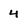
Character: 4